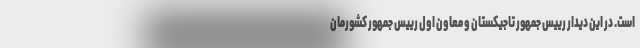
است. در این دیدار رییس جمهور تاجیکستان و معاون اول رییس جمهور کشورمان